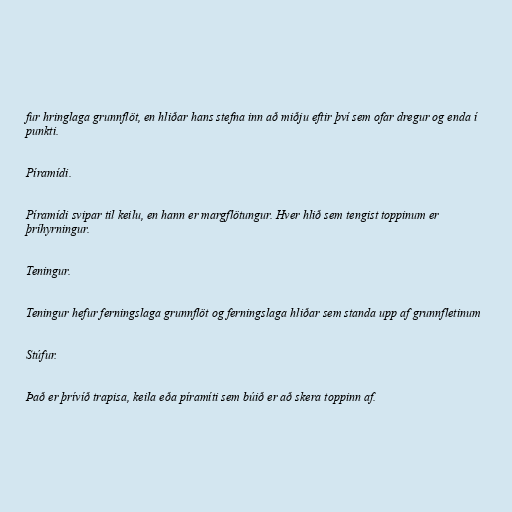
fur hringlaga grunnflöt, en hliðar hans stefna inn að miðju eftir því sem ofar dregur og enda í
punkti.

Píramídi.

Píramídi svipar til keilu, en hann er margflötungur. Hver hlið sem tengist toppinum er
þríhyrningur.

Teningur.

Teningur hefur ferningslaga grunnflöt og ferningslaga hliðar sem standa upp af grunnfletinum

Stúfur.

Það er þrívíð trapisa, keila eða píramíti sem búið er að skera toppinn af.